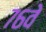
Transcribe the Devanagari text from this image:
७६वे